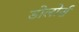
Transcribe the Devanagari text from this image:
डोलोर्स